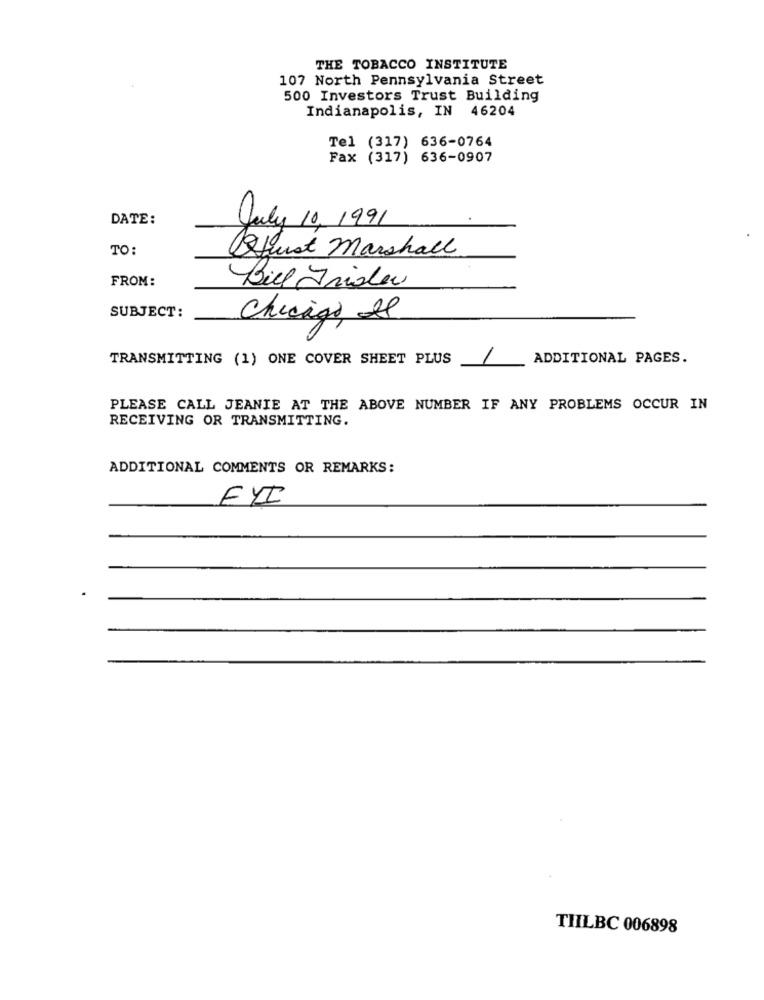
THE TOBACCO INSTITUTE
107 North Pennsylvania Street
500 Investors Trust Building
Indianapolis, IN 46204
Tel (317) 636-0764
Fax (317) 636-0907
DATE:
July 10, 1991
TO:
just Marshall
FROM:
Biel rider
SUBJECT:
Chicago, Il
TRANSMITTING (1) ONE COVER SHEET PLUS
1
ADDITIONAL PAGES.
PLEASE CALL JEANIE AT THE ABOVE NUMBER IF ANY PROBLEMS OCCUR IN
RECEIVING OR TRANSMITTING.
ADDITIONAL COMMENTS OR REMARKS:
FYI
THILBC 006898